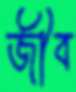
জীব